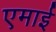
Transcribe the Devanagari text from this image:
एमाई